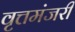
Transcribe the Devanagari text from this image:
वृत्तमंजरी